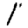
Digit: 1